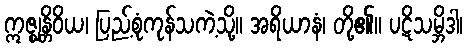
ဣဇ္ဈန္တိဝိယ၊ ပြည့်စုံကုန်သကဲ့သို့။ အရိယာနံ၊ တို့၏။ ပဋိသမ္ဘိဒါ၊